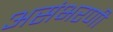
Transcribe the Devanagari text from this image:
असंभरणी